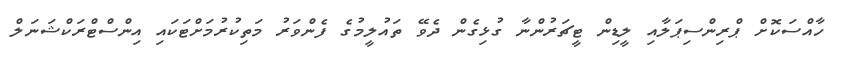
ހާއްސަކޮށް ޕްރިންސިޕަލާއި ލީޑިން ޓީޗަރުންނާ ގުޅިގެން ދެވޭ ތައުލީމުގެ ފެންވަރު މަތިކުރުމަށްޓަކައި އިންސްޓްރަކްޝަނަލް